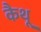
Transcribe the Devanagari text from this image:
कैथू